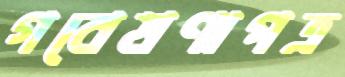
গবেষণাপত্র